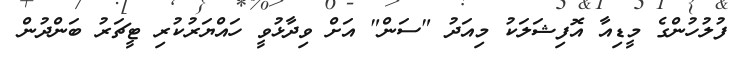
ފުލުހުންގެ މީޑިއާ އޮފިޝަލަކު މިއަދު "ސަން" އަށް ވިދާޅުވީ ހައްޔަރުކުރި ޓީޗަރު ބަންދުން